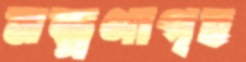
মন্ত্রণাগৃহ